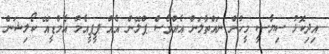
އިދިކޮޅު ސިޔާސީ މީހުން ނައްތާލަން އެއްވެސް ޕްލޭން އެއް ޕީޕީއެމް އެމްޑީއޭ ކޯލިޝަން